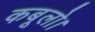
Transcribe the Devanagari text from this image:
कबूलो।